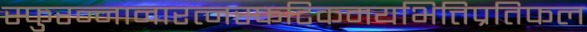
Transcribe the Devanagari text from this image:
स्फुरन्नानारत्नस्फटिकमयभित्तिप्रतिफल